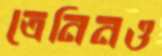
ত্রেনিনও